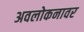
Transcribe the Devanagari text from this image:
अवलोकनावर